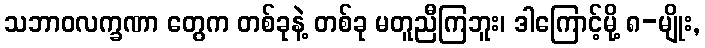
သဘာဝလက္ခဏာ တွေက တစ်ခုနဲ့ တစ်ခု မတူညီကြဘူး၊ ဒါကြောင့်မို့ ၈-မျိုး,